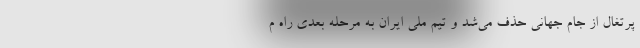
پرتغال از جام جهانی حذف می‌شد و تیم ملی ایران به مرحله بعدی راه م